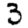
Digit: 3